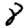
Digit: 8